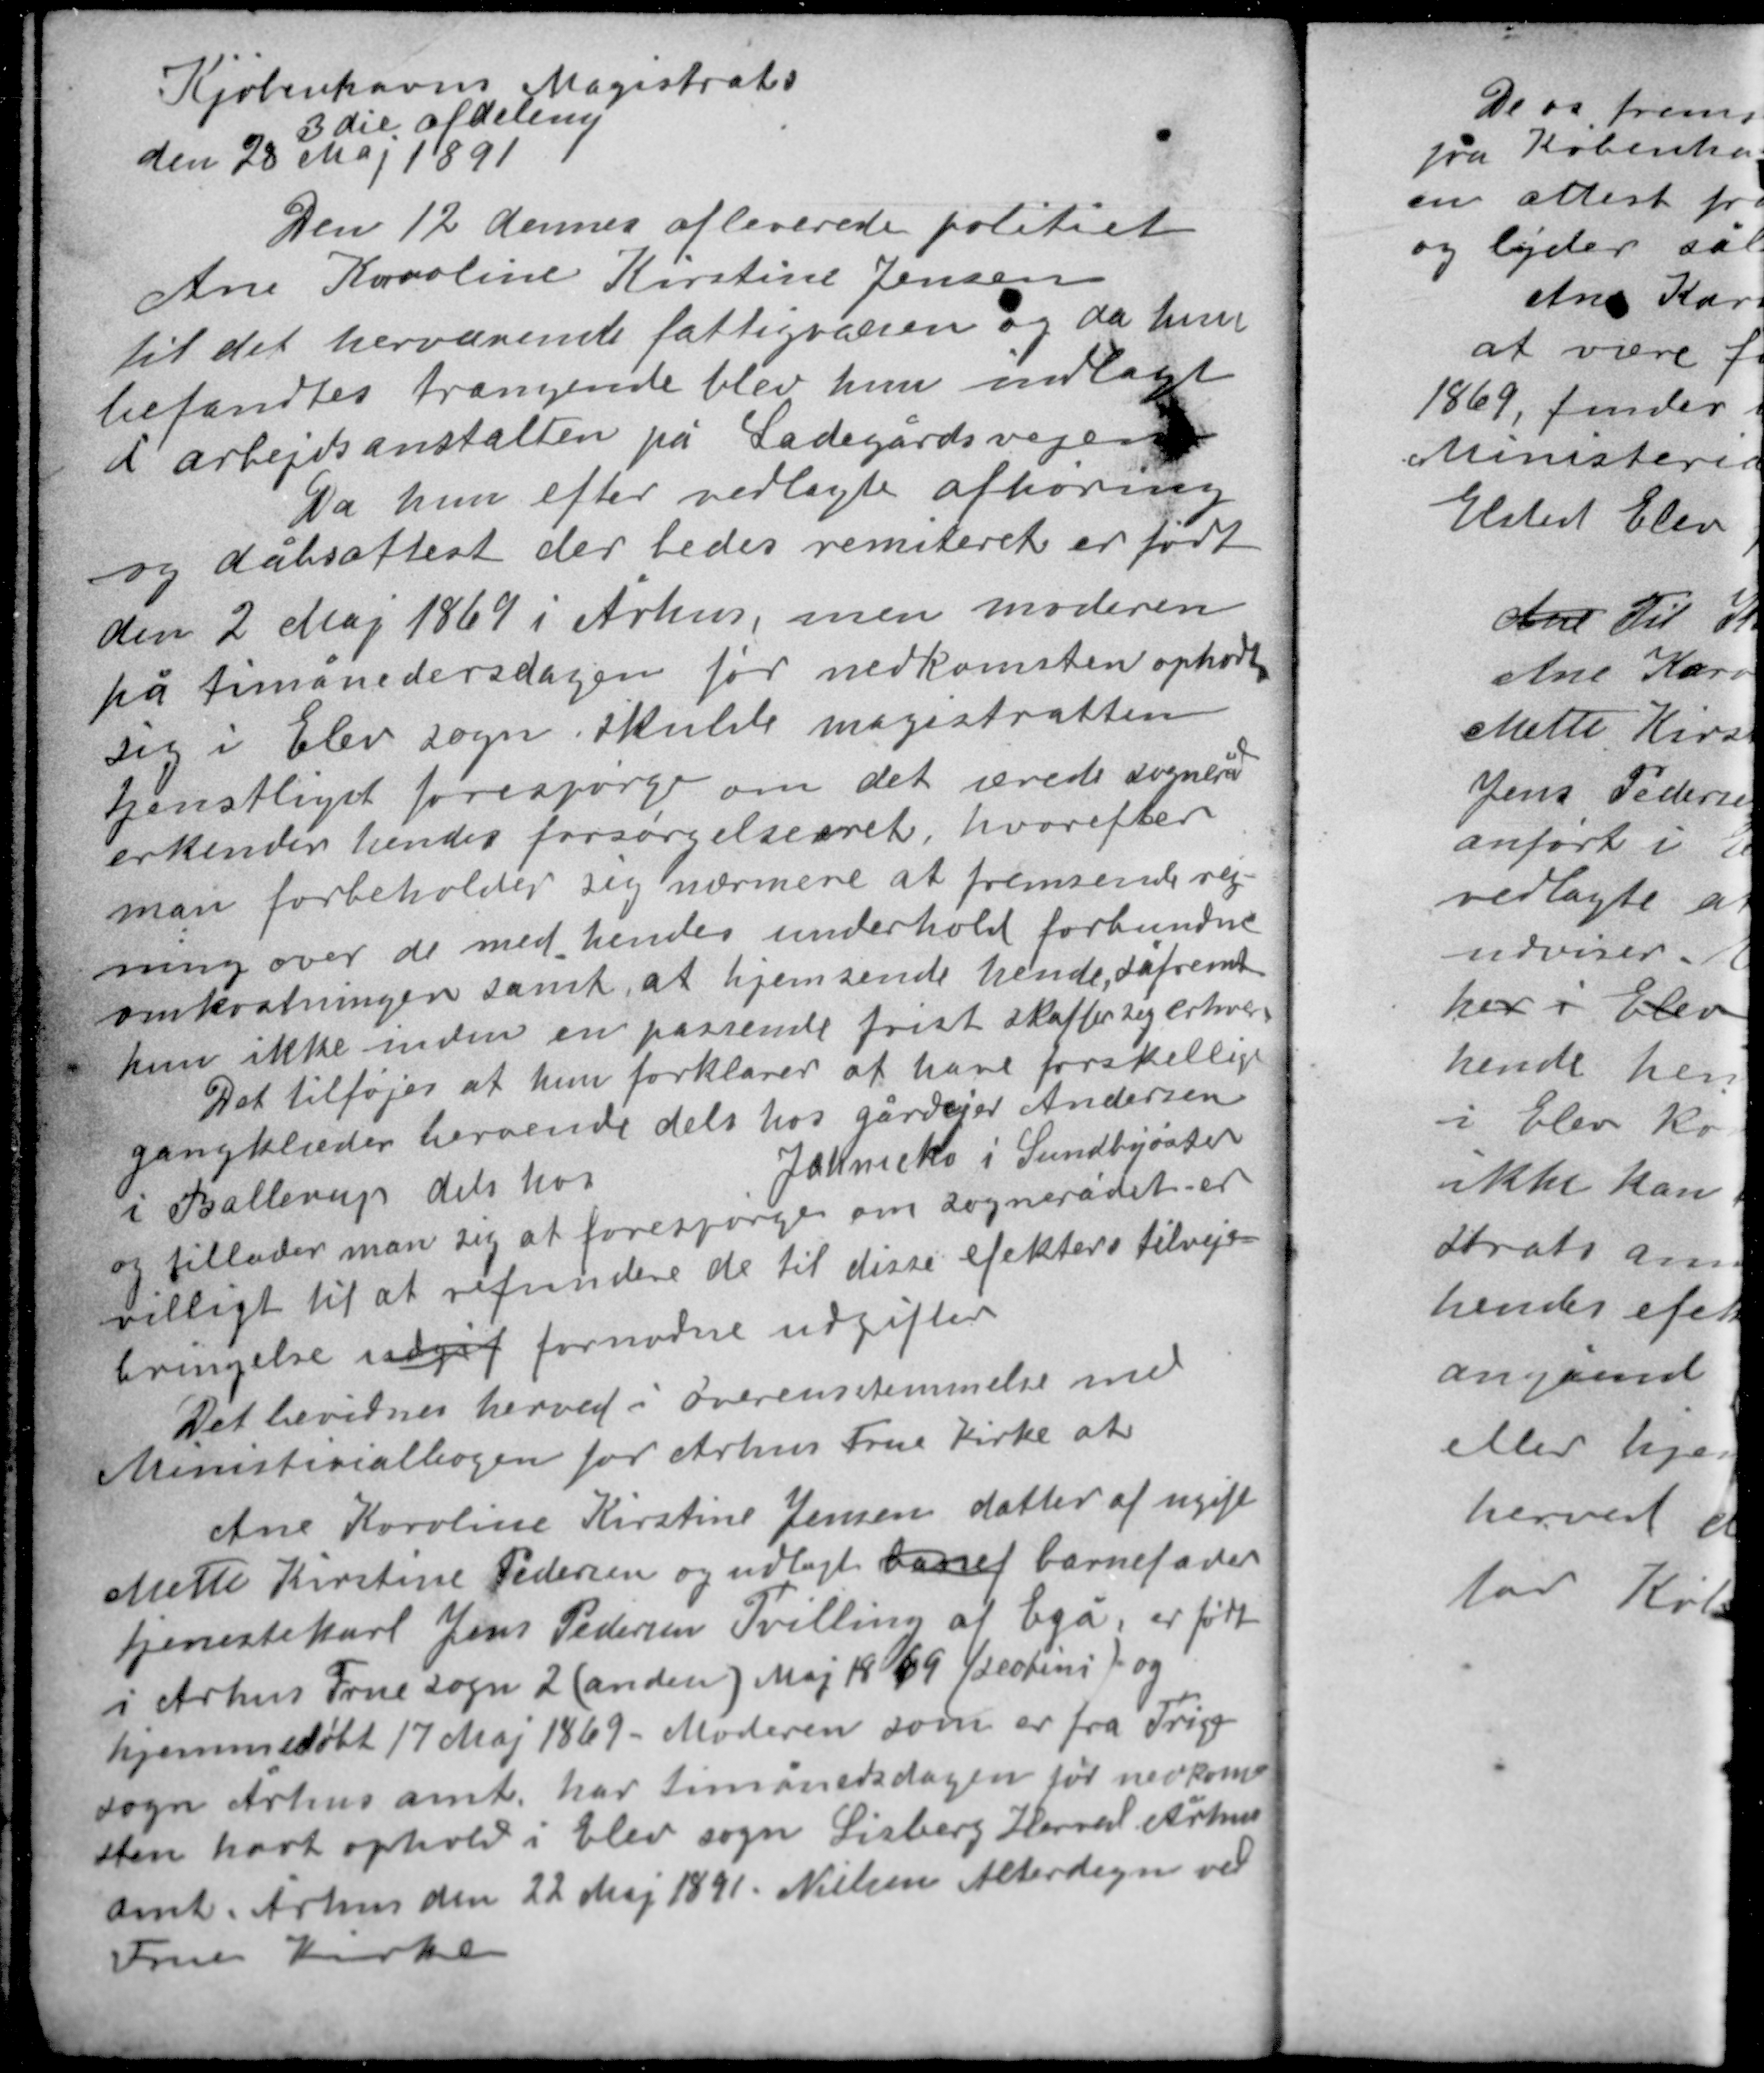
Transskription:
Kjøbenhavns Magistrats
3die afdeling
den 28 Maj 1891

Den 12 dennes afleverede politiet
Ane Karoline Kirstine Jensen
til det herværende fattigvæsen og da hun
befandtes trængende blev hun indlagt
i arbejsdanstalten på Ladegårdsvejen.

Da hun efter vedlagte afhøring
og dåbsattest der bedes remiteret er født
den 2 Maj 1869 i Århus, men moderen
på timånedersdagen før nedkomsten opholdt
sig i Elev sogn skulde magistratten
d
tjenstligt forespørge om det ærede sognerå
erkender hendes forsørgelsesret, hvorefter
man forbeholder sig nærmere at fremsende reg-
ning over de med hendes underhold forbundne
omkostninger samt at hjemsende hende, såfremt
hun ikke inden en passende frist skaffer sig erhverv.
Det tilføjes at hun forklarer at have forskellige
gangklæder beroende dels hos gårdejer Andersen
i Ballerup dels hos Jahmeko i Sundbyøster
og tillader man sig at forespørge om sognerådet er
villigt til at refundere de til disse efekters tilveje-
bringelse udgif fornødne udgifter.

Det bevidnes herved i overensstemmelse med
Ministerialbogen for Århus Frue Kirke at

Ane Karoline Kirstine Jensen datter af ugift
Mette Kirstine Pedersen og udlagt barnef barnefader
tjenestekarl Jens Pedersen Tvilling af Egå, er født
i Århus Frue sogn 2 (anden) Maj 1869 (seobini) og
hjemmedøbt 17 Maj 1869. Moderen som er fra Trige
sogn Århus amt har timånedersdagen før nedkom-
sten havt ophold i Elev sogn Lisbjerg Herred Århus
amt, Århus den 22 Maj 1891. Nielsen Alterdegn ved
Frue Kirke